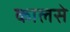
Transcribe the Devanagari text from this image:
कालसे